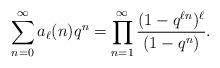
LaTeX: \begin{align*} \sum_{n=0}^{\infty}a_{\ell}(n)q^n=\prod_{n=1}^{\infty}\frac{(1-q^{\ell n})^{\ell}}{(1-q^n)}.\end{align*}